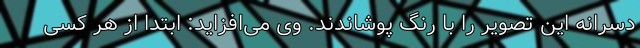
دسرانه این تصویر را با رنگ پوشاندند. وی می‌افزاید: ابتدا از هر کسی